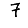
Digit: 7